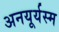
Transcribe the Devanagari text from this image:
अनयूर्यस्म